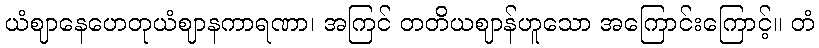
ယံဈာနေဟေတုယံဈာနကာရဏာ၊ အကြင် တတိယဈာန်ဟူသော အကြောင်းကြောင့်။ တံ